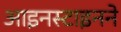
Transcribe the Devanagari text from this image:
आइनस्टाइनने